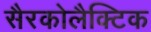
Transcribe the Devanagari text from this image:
सैरकोलैक्टिक